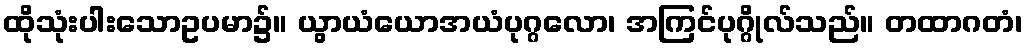
ထိုသုံးပါးသောဥပမာ၌။ ယွာယံယောအယံပုဂ္ဂလော၊ အကြင်ပုဂ္ဂိုလ်သည်။ တထာဂတံ၊